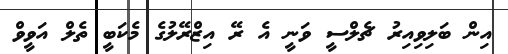
އިން ބަލިވިއިރު ޗެލްސީ ވަނީ އެ ރޭ އިޒްރޭލުގެ މެކަބީ ތެލް އަވީވް